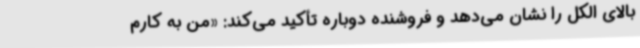
بالای الکل را نشان می‌دهد و فروشنده دوباره تأکید می‌کند: «من به کارم